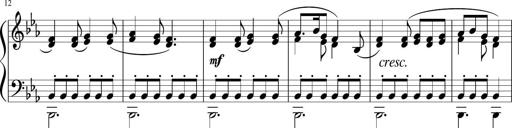
Title: 12 Keyboard Sonatinas
Composer: James Hook